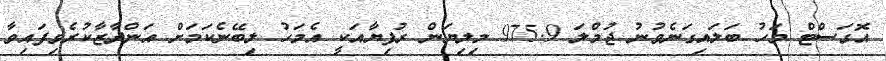
އޮގަސްޓް މަހު ބަލައިގަނެވުނު ޖުމްލަ 975.9 މިލިޔަން ރުފިޔާއަކީ އެމަހު ލިބޭނެކަމަށް އަންދާޒާކުރެވިފައިވާ